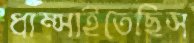
ধাম্‌সাইতেছিস